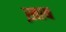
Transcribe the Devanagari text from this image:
ख़ाब